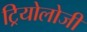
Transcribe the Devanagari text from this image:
ट्रियोलोजी